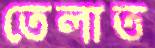
তেলাত